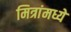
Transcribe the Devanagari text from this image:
मित्रांमध्ये